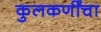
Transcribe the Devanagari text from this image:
कुलकर्णींचा